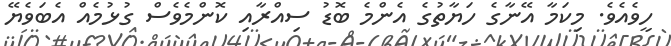
ހީވެއެވެ. މިކަމާ އޭނާގެ ހަޔާތުގެ އެންމެ ބޮޑު ސިއްރާއި ކޮންމެވެސް ގުޅުމެއް އެބަވެޔޭ